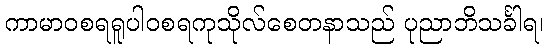
ကာမာဝစရရူပါဝစရကုသိုလ်စေတနာသည် ပုညာဘိသင်္ခါရ၊